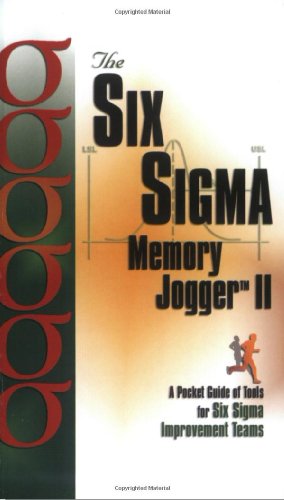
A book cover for Six Sigma Memory Jogger II: A Pocket Guide; Michael Brassard; Business & Money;